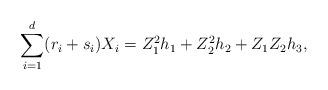
LaTeX: \begin{align*} \sum\limits_{i=1}^d(r_i+s_i)X_i=Z_1^2h_1+Z_2^2h_2+Z_1Z_2h_3, \end{align*}